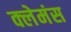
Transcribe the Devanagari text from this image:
क्लेमंस